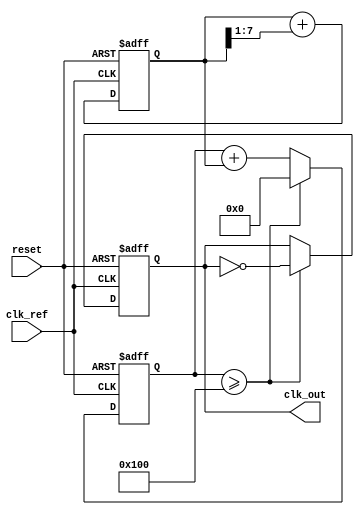
module ADPLL (
    input wire clk_ref,        // Reference clock input
    input wire reset,          // Reset signal
    output reg clk_out         // Output clock signal
);

// Parameters
parameter N = 8;              // Number of bits for the counter
parameter K = 4;              // Division factor for feedback
parameter PI_GAIN = 4;        // Proportional gain for the loop filter
parameter I_GAIN = 1;         // Integral gain for the loop filter

// Internal signals
reg [N-1:0] phase_counter;    // Phase counter for VCO
reg [N-1:0] feedback_counter;  // Feedback counter
reg [N-1:0] control_signal;    // Control signal from loop filter
reg [N-1:0] loop_filter;       // Loop filter output
reg phase_error;               // Phase error signal

// Phase Detector
always @(posedge clk_ref or posedge reset) begin
    if (reset) begin
        phase_error <= 0;
    end else begin
        // Simple phase comparison
        phase_error <= (phase_counter >= feedback_counter) ? 1 : 0;
    end
end

// Loop Filter (PI Filter)
always @(posedge clk_ref or posedge reset) begin
    if (reset) begin
        loop_filter <= 0;
    end else begin
        // Proportional part
        loop_filter <= loop_filter + (phase_error ? PI_GAIN : -PI_GAIN);
        // Integral part (simple accumulation)
        loop_filter <= loop_filter + (loop_filter >> I_GAIN);
    end
end

// Voltage-Controlled Oscillator (VCO)
always @(posedge clk_ref or posedge reset) begin
    if (reset) begin
        phase_counter <= 0;
        clk_out <= 0;
    end else begin
        // Update phase counter based on control signal
        phase_counter <= phase_counter + loop_filter;
        // Generate output clock based on phase counter
        if (phase_counter >= (1 << N)) begin
            clk_out <= ~clk_out; // Toggle output clock
            phase_counter <= 0;   // Reset phase counter
        end
    end
end

// Feedback Path
always @(posedge clk_out or posedge reset) begin
    if (reset) begin
        feedback_counter <= 0;
    end else begin
        // Simple frequency divider for feedback
        if (feedback_counter >= K - 1) begin
            feedback_counter <= 0; // Reset feedback counter
        end else begin
            feedback_counter <= feedback_counter + 1; // Increment feedback counter
        end
    end
end

endmodule